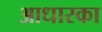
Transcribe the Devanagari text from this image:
आधारका